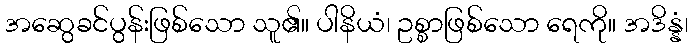
အဆွေခင်ပွန်းဖြစ်သော သူ၏။ ပါနိယံ၊ ဥစ္စာဖြစ်သော ရေကို။ အဒိန္နံ၊